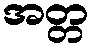
အတ္တ